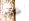
شطب